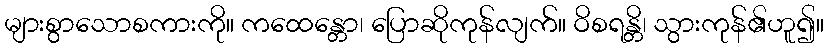
များစွာသောစကားကို။ ကထေန္တော၊ ပြောဆိုကုန်လျက်။ ဝိစရန္တိ၊ သွားကုန်၏ဟူ၍။